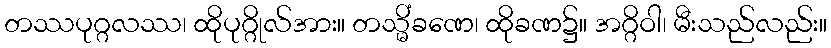
တဿပုဂ္ဂလဿ၊ ထိုပုဂ္ဂိုလ်အား။ တသ္မိံခဏေ၊ ထိုခဏ၌။ အဂ္ဂိဝါ၊ မီးသည်လည်း။